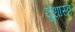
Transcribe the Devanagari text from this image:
युधास्त्र